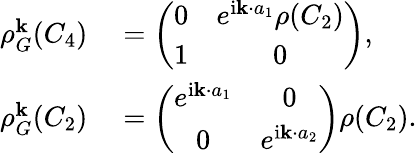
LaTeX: \begin{array}{rl}{\rho_{G}^{\mathbf k}(C_{4})}&{{}=\left(\begin{array}{cc}{0}&{e^{\mathrm{i}{\mathbf k}\cdot{a}_{1}}\rho(C_{2})}\\ {1}&{0}\end{array}\right),}\\ {\rho_{G}^{\mathbf k}(C_{2})}&{{}=\left(\begin{array}{cc}{e^{\mathrm{i}{\mathbf k}\cdot{a}_{1}}}&{0}\\ {0}&{e^{\mathrm{i}{\mathbf k}\cdot{a}_{2}}}\end{array}\right)\rho(C_{2}).}\end{array}